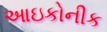
આઇકોનીક